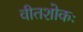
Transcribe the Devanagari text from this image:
वीतशोकः